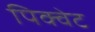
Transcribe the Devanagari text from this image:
पिक्वेट